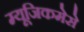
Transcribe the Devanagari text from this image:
म्यूजिकमेसे